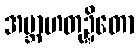
အဗ္ဘာဟတုဍ္ဍိတော